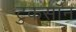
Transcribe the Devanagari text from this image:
टुकसॉन